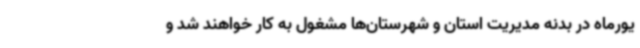
یورماه در بدنه مدیریت استان و شهرستان‌ها مشغول به کار خواهند شد و